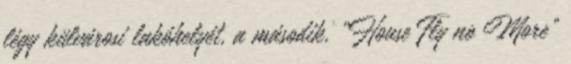
légy külvárosi lakóhelyét, a második, „House Fly no More”